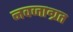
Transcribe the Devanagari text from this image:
नवजाग्रत